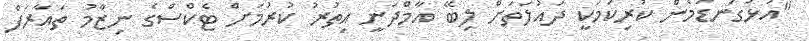
"އަޅުގަނޑުމެން ކުރިކަމަކީ ދައުލަތަށް ލިބޭ އާމްދަނީ އިތުރު ކުރުމަށް ޓެކްސްގެ ނިޒާމު ތައާރަފް